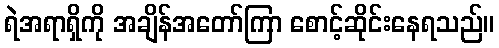
ရဲအရာရှိကို အချိန်အတော်ကြာ စောင့်ဆိုင်းနေရသည်။